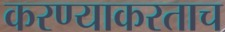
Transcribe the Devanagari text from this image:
करण्याकरताच